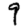
Digit: 9